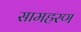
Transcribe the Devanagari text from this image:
सामहरण